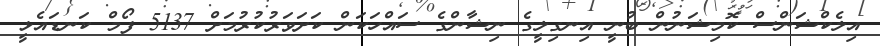
އިލެކްޝަންސް ކޮމިޝަނުން ބުނީ އިނގިލީގެ ނިޝާންގެ ސައްހަކަން ކަށަވަރުކުރުމަށް 5137 ފޯމް ކަނޑައެޅީ